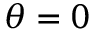
\theta = 0